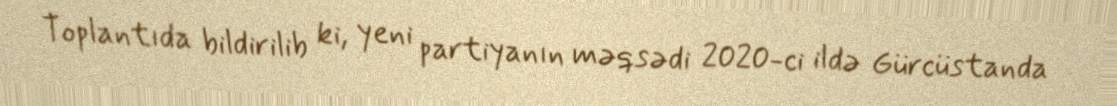
Toplantıda bildirilib ki, yeni partiyanın məqsədi 2020-ci ildə Gürcüstanda